Report on vaccination in Madras 1895-1903 - 1895-1903
Year: 1895
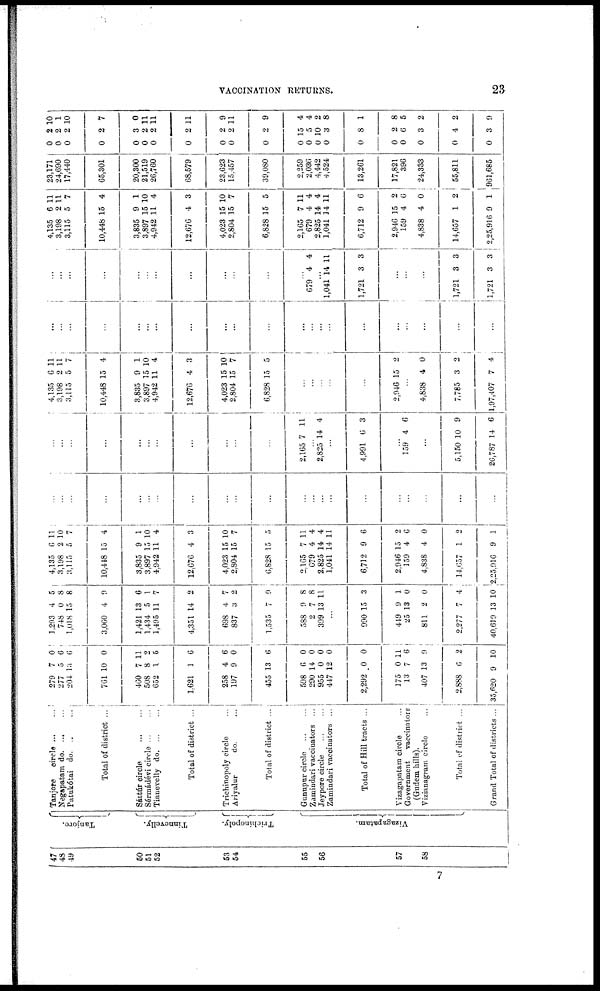
VACCINATION RETURNS.
23
47
49
49
50
51
52
53
54
55
56
57
58
Tanjore.
Tinnevelly.
Trichinopoly.
Vizagapatam.
Tanjore
circle ... ...
Negapatam d
o
. ... ...
Patukótai do. ... ...
Total of district ...
Sáttúr circle
...
...
Sérmádévi circle ... ...
Tinnevelly d
o
. ... ...
Total of district ...
Trichinopoly circle ...
Ariyalur
do. ...
Total of district ...
Gunupur circle
...
...
Zamindari vaccinators ...
Jeypore circle
...
...
Zamindari vaccinators ...
Total of Hill tracts ...
Vizagapatam circle ...
Government
vaccinators
(Gudem hills).
Vizianagram circle ...
Total of district ...
Grand Total of districts ...
279
277
204
761
460
508
652
1,621
258
197
455
598
290
955
447
2,292
175
13
407
2,888
35,620
7
5
13
10
7
8
1
1
4
9
13
6
14
0
12
0
0
7
13
6
9
0
6
6
0
11
2
5
6
6
0
6
0
0
0
0
0
11
6
9
2
10
1,293
748
1,018
3,060
1,421
1,434
1,495
4,351
698
837
1,535
588
2
399
4
0
15
4
13
5
11
14
4
3
7
9
7
13
5
8
8
9
6
1
7
2
7
2
9
8
8
11
...
990
449
25
811
2,277
40,619
15
9
13
2
7
13
3
1
0
0
4
10
4,135
3,198
3,115
10,448
3,835
3,897
4,942
12,676
4,023
2,804
6,828
2,165
679
2,825
1,041
6,712
2,946
159
4,838
14,657
2,25,916
6
2
5
15
9
15
11
4
15
15
15
7
4
14
14
9
15
4
4
1
9
11
10
7
4
1
10
4
3
10
7
5
11
4
4
11
6
2
6
0
2
1
...
...
...
...
...
...
...
...
...
...
...
...
...
...
...
...
...
...
...
...
...
...
...
...
...
...
...
...
...
...
...
...
2,165 7 11
...
2,825 14 4
...
4,991 6 3
...
159 4 6
...
5,150
26,787
10
14
9
6
4,135
3,198
3,115
10,448
3,835
3,897
4,942
12,676
4,023
2,804
6,828
6
2
5
15
9
15
11
4
15
15
15
11
11
7
4
1
10
4
3
10
7
5
...
...
...
...
...
2,946 15 2
...
4,838
7,785
1,97,407
4
3
7
0
2
4
...
...
...
...
...
...
...
...
...
...
...
...
...
...
...
...
...
...
...
...
...
...
...
...
...
...
...
...
...
...
...
...
...
679 4 4
...
1,041
1,721
14
3
11
3
...
...
...
1,721
1,721
3
3
3
3
4,135
3,198
3,115
10,448
3,835
3,897
4,942
12,676
4,023
2,804
6,828
2,165
679
2,825
1,041
6,712
2,946
159
4,838
14,657
2,25,916
6
2
5
15
9
15
11
4
15
15
15
7
4
14
14
9
15
4
4
1
9
11
11
7
4
1
10
4
3
10
7
5
11
4
4
11
6
2
6
0
2
1
23,171
24,690
17,440
65,301
20,300
21,519
26,760
68,579
23,623
15,457
39,080
2,259
2,036
4,442
4,524
13,261
17,821
396
24,333
55,811
961,685
0
0
0
0
0
0
0
0
0
0
0
0
0
0
0
0
0
0
0
0
0
2
2
2
2
3
2
2
2
2
2
2
15
5
10
3
8
2
6
3
4
3
10
1
10
7
0
11
11
11
9
11
9
4
4
2
8
1
8
5
2
2
9
7